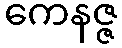
ကေနဇ္ဇ